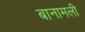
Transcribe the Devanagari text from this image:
बानामली